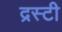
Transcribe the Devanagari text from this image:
द्रस्टी